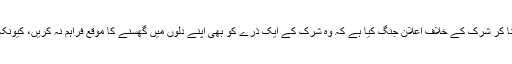
اس لیے ان لوگوں کو چاہیے ، جنہوں نے توحید کو اپنا نصب العین بنا کر شرک کے خلاف اعلان جنگ کیا ہے کہ وہ شرک کے ایک ذرے کو بھی اپنے دلوں میں گھسنے کا موقع فراہم نہ کریں، کیونکہ اللہ تعالیٰ ہی﴿خَالِقُ کُلِّ شَیْْءٍ ﴾ (الانعام :102) ‘‘ہرشے کا خالق ہے۔